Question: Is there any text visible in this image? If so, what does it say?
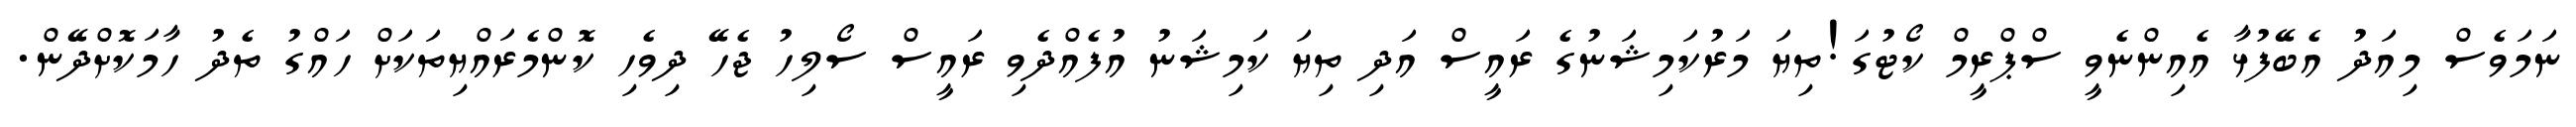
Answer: ނަމަވެސް މިއަދު އެބޭފުޅާ އެއިންނެވީ ސްޕްރީމް ކޯޓުގަ!ތިޔަ މަރުކަމިޝަނުގެ ރައީސް އަދި ތިޔަ ކަމިޝަނު އުފެއްދެވި ރައީސް ސޯލިހު ޖެހޭ ދިވެހި ކޮންމެރައްޔިތަކަށް ހައްގު ތެދު ހާމަކޮށްދޭން.